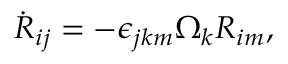
\begin{array} { r } { \dot { R } _ { i j } = - \epsilon _ { j k m } \Omega _ { k } R _ { i m } , } \end{array}